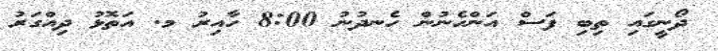
ދޯނީގައި ތިބި ފަސް އަންހެނުން ހެނދުނު 8:00 ހާއިރު މ. އަތޮޅު ދިއްގަރު